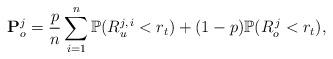
LaTeX: \begin{align*}\mathbf P_o^{j}=\frac{p}{n}\sum_{i=1}^{n}\mathbb P(R_{u}^{j,\,i}<r_t)+(1-p)\mathbb P(R_o^{\,j}<r_t),\end{align*}